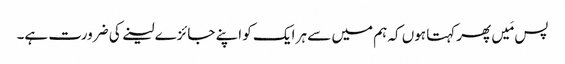
پس مَیں پھرکہتا ہوں کہ ہم میں سے ہر ایک کو اپنے جائزے لینے کی ضرورت ہے۔